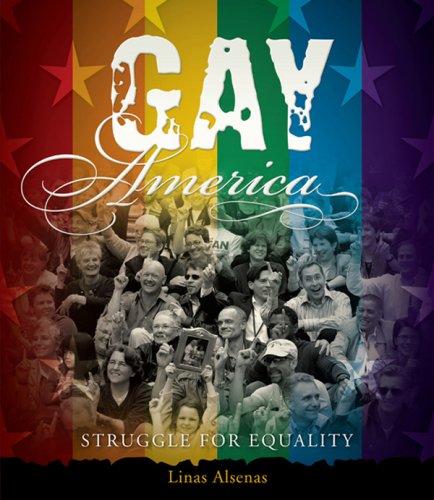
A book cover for Gay America: Struggle for Equality; Linas Alsenas; Teen & Young Adult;